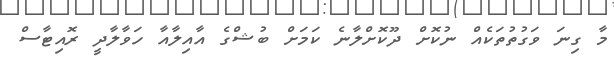
މާ ގިނަ ވަގުތުތަކެއް ނުކޮށް ދޫކޮށްލާނެ ކަމަށް ބުޝްގެ އާއިލާއާ ހަވާލާދީ ރޮއިޓާސް